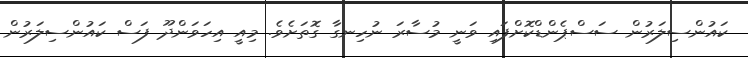
ކައުންސިލަރުން ސަސްޕެންޑްކޮށްފައި ވަނީ މުސާރަ ނުހިނގާ ގޮތަށެވެ. މިއީ އިހަަވަންދޫ ފަސް ކައުންސިލަރުން